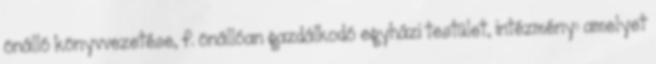
önálló könyvvezetése, f. önállóan gazdálkodó egyházi testület, intézmény: amelyet